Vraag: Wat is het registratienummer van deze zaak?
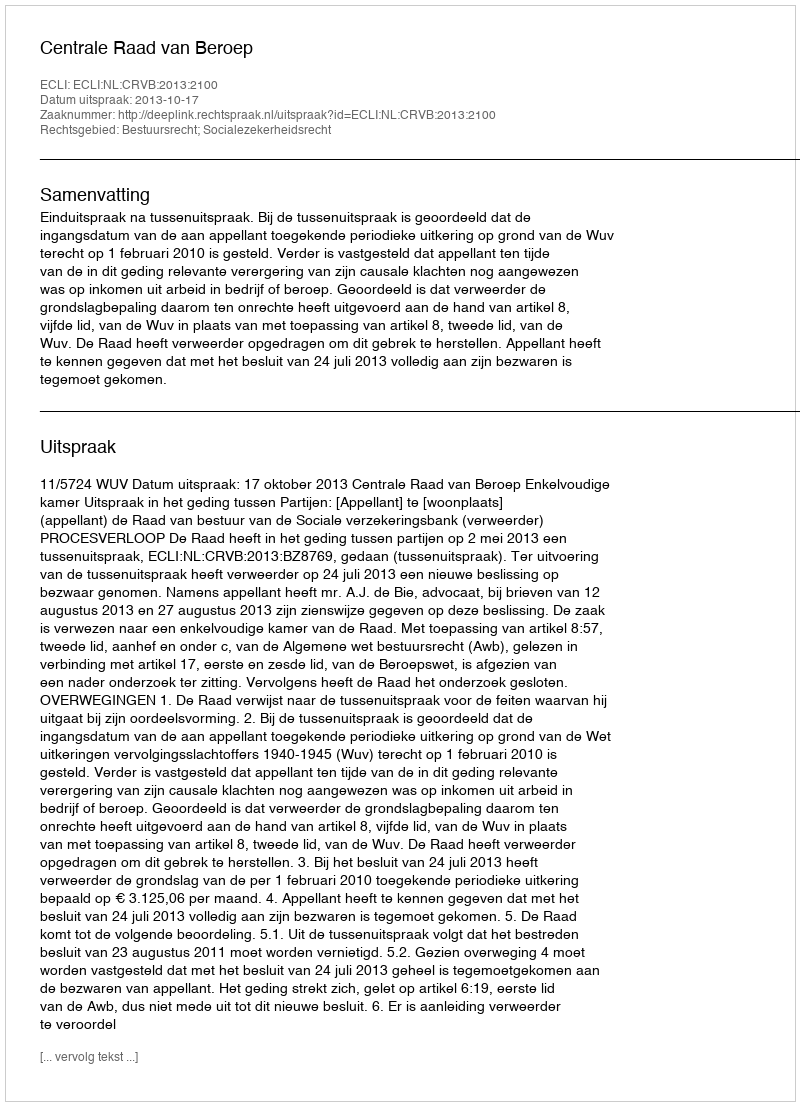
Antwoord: http://deeplink.rechtspraak.nl/uitspraak?id=ECLI:NL:CRVB:2013:2100